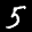
Label: 5